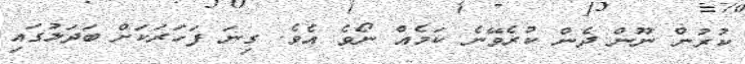
ކުރުން ނޫން ދެން ކުރެވޭނެ ކަމެއް ނޯވެ އެވެ. ގިނަ ފަހަރަކަށް ބަދަލުގައި